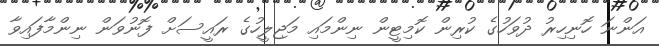
އަންނަ ހޮނިހިރު ދުވަހުގެ ކުރިން ކޮމިޓީން ނިންމައި މަޖިލީހުގެ ރައީސަށް ފޮނުވަން ނިންމާފައިވާ